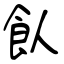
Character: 飤